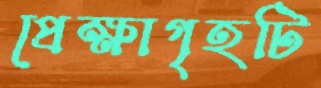
প্রেক্ষাগৃহটি